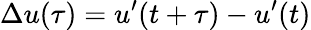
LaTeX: \Delta u(\tau)=u^{\prime}(t+\tau)-u^{\prime}(t)